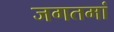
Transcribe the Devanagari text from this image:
जगतमां